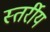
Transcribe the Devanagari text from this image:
स्तर्रीय